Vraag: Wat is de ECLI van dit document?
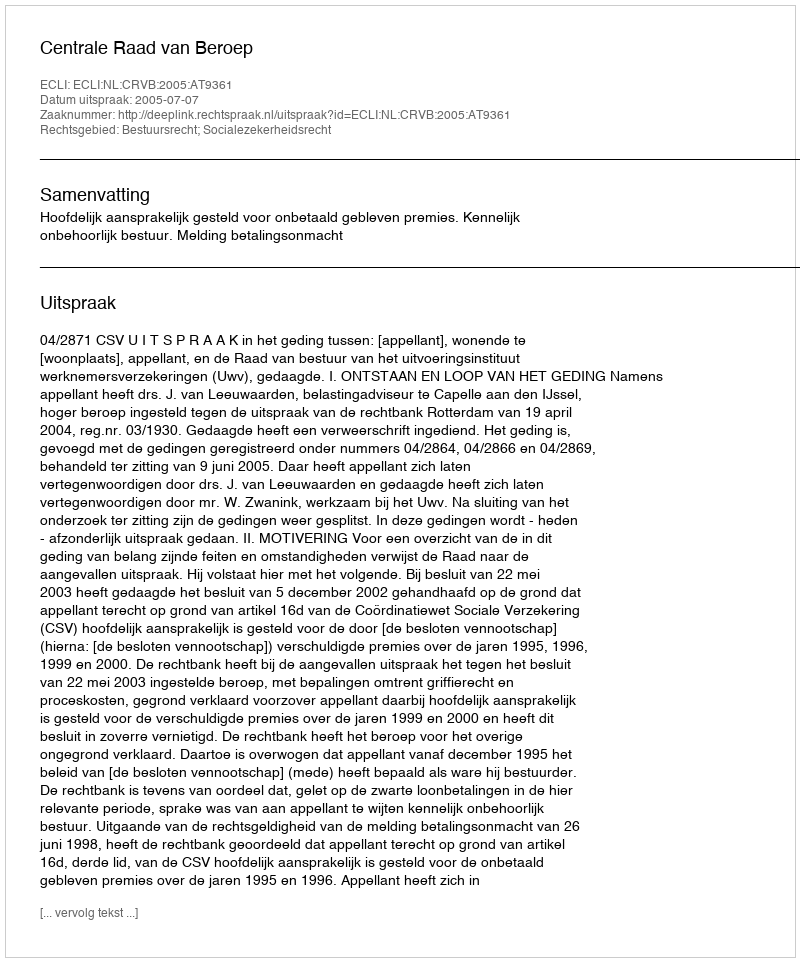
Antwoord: ECLI:NL:CRVB:2005:AT9361